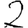
Digit: 2